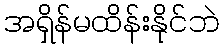
အရှိန်မထိန်းနိုင်ဘဲ